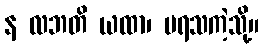
န လဘတိ ယထာ၊ မရသကဲ့သို့။